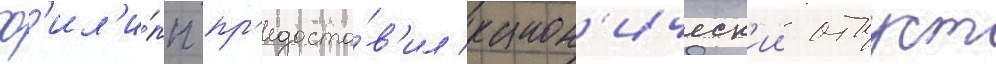
ф'ил'и́пп пр'едоста́в'ил канон'ическ'ии отпуст